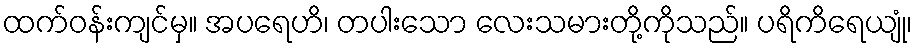
ထက်ဝန်းကျင်မှ။ အပရေဟိ၊ တပါးသော လေးသမားတို့ကိုသည်။ ပရိကိရေယျုံ၊